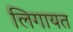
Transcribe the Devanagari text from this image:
लिगायत